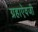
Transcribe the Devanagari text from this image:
ग्रहाऐवजी